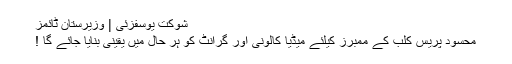
شوکت یوسفزئی | وزیرستان ٹائمز
محسود پریس کلب کے ممبرز کیلئے میڈیا کالونی اور گرانٹ کو ہر حال میں یقینی بنایا جائے گا !